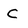
Character: C